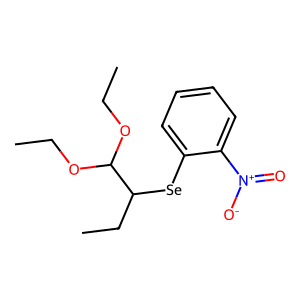
SMILES: CCOC(OCC)C(CC)[Se]c1ccccc1[N+](=O)[O-]
Inhibits HIV replication: No